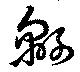
緜